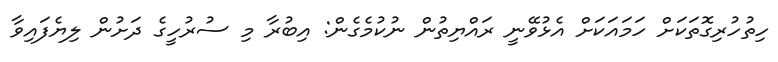
ހިތުހުރިގޮތަކަށް ހަމައަކަށް އެޅުވޭނީ ރައްޔިތުން ނުކުމެގެން: އިބުރާ މި ސުރުހީގެ ދަށުން ލިޔެފައިވާ